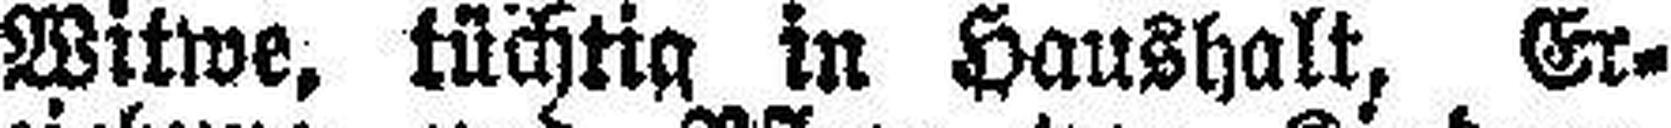
Witwe, tüchtig in Haushalt, Er¬